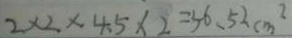
2 \times 2 \times 4 . 5 \times 2 = 5 6 . 5 2 c m ^ { 2 }